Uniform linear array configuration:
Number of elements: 12
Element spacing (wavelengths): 0.25
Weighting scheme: binomial
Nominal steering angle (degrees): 45
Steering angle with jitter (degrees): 46.863
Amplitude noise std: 0.05
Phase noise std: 0.05

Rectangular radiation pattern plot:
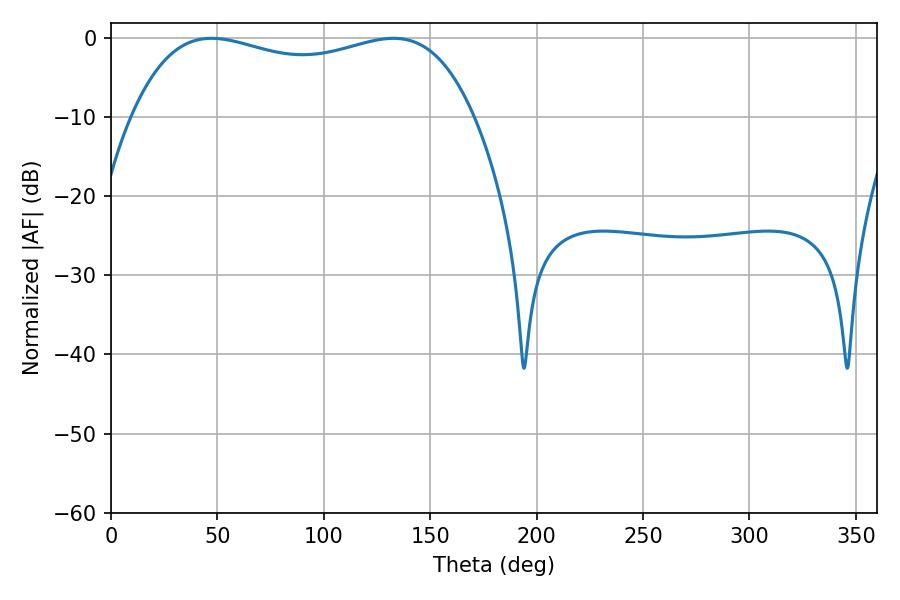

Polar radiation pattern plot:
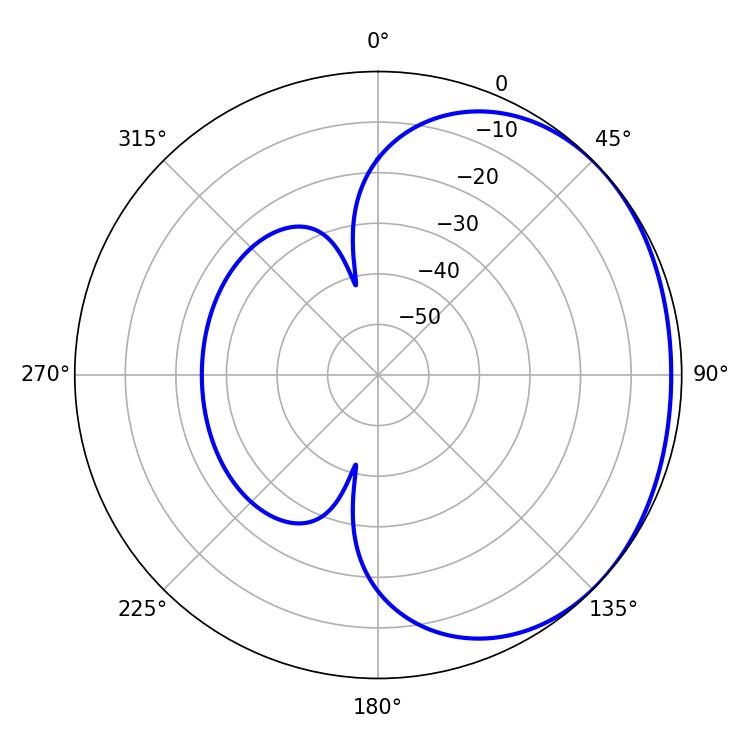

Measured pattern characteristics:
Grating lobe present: FALSE
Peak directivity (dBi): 1.279
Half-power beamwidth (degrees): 131.04
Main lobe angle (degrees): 47.16